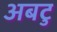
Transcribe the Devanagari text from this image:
अबटु